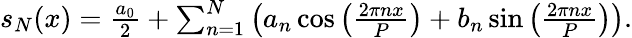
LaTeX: \begin{array}{r}{s_{N}(x)={\frac{a_{0}}{2}}+\sum_{n=1}^{N}\left(a_{n}\cos\left({\frac{2\pi nx}{P}}\right)+b_{n}\sin\left({\frac{2\pi nx}{P}}\right)\right).}\end{array}